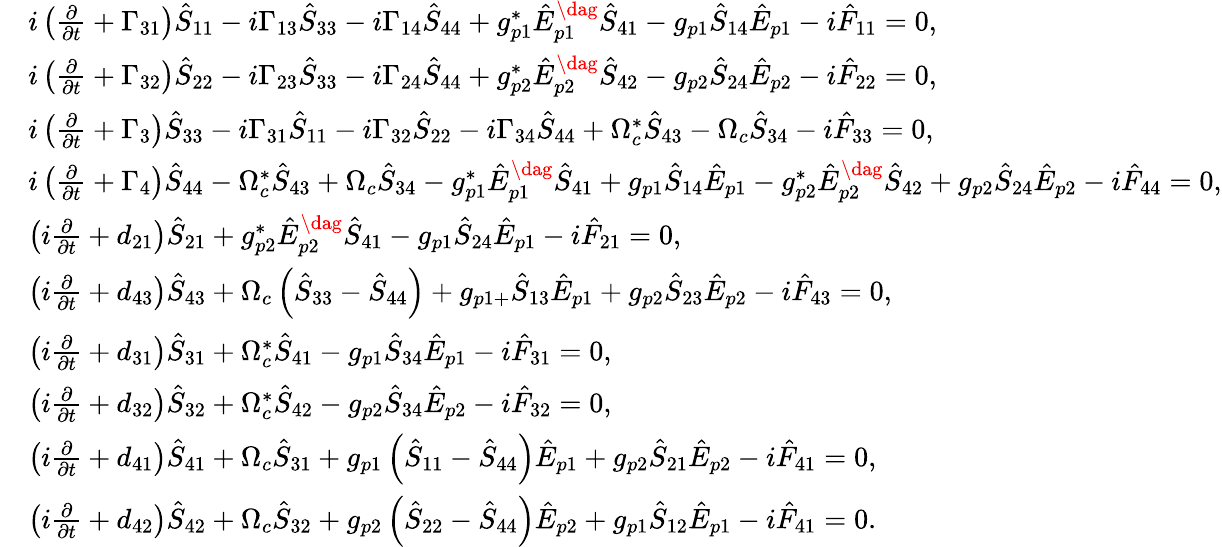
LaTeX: \begin{array}{rl}&{i\left(\frac{\partial}{\partial t}+\Gamma_{31}\right)\hat{S}_{11}-i\Gamma_{13}\hat{S}_{33}-i\Gamma_{14}\hat{S}_{44}+g_{p1}^{\ast}{\hat{E}}_{p1}^{\dag}\hat{S}_{41}-g_{p1}\hat{S}_{14}{\hat{E}}_{p1}-i{\hat{F}}_{11}=0,}\\ &{i\left(\frac{\partial}{\partial t}+\Gamma_{32}\right)\hat{S}_{22}-i\Gamma_{23}\hat{S}_{33}-i\Gamma_{24}\hat{S}_{44}+g_{p2}^{\ast}{\hat{E}}_{p2}^{\dag}\hat{S}_{42}-g_{p2}\hat{S}_{24}{\hat{E}}_{p2}-i{\hat{F}}_{22}=0,}\\ &{i\left(\frac{\partial}{\partial t}+\Gamma_{3}\right)\hat{S}_{33}-i\Gamma_{31}\hat{S}_{11}-i\Gamma_{32}\hat{S}_{22}-i\Gamma_{34}\hat{S}_{44}+\Omega_{c}^{\ast}\hat{S}_{43}-\Omega_{c}\hat{S}_{34}-i{\hat{F}}_{33}=0,}\\ &{i\left(\frac{\partial}{\partial t}+\Gamma_{4}\right)\hat{S}_{44}-\Omega_{c}^{\ast}\hat{S}_{43}+\Omega_{c}\hat{S}_{34}-g_{p1}^{\ast}{\hat{E}}_{p1}^{\dag}\hat{S}_{41}+g_{p1}\hat{S}_{14}{\hat{E}}_{p1}-g_{p2}^{\ast}{\hat{E}}_{p2}^{\dag}\hat{S}_{42}+g_{p2}\hat{S}_{24}{\hat{E}}_{p2}-i{\hat{F}}_{44}=0,}\\ &{\left(i\frac{\partial}{\partial t}+d_{21}\right)\hat{S}_{21}+g_{p2}^{\ast}{\hat{E}}_{p2}^{\dag}\hat{S}_{41}-g_{p1}\hat{S}_{24}{\hat{E}}_{p1}-i{\hat{F}}_{21}=0,}\\ &{\left(i\frac{\partial}{\partial t}+d_{43}\right)\hat{S}_{43}+\Omega_{c}\left(\hat{S}_{33}-\hat{S}_{44}\right)+g_{p1+}\hat{S}_{13}{\hat{E}}_{p1}+g_{p2}\hat{S}_{23}{\hat{E}}_{p2}-i{\hat{F}}_{43}=0,}\\ &{\left(i\frac{\partial}{\partial t}+d_{31}\right)\hat{S}_{31}+\Omega_{c}^{\ast}\hat{S}_{41}-g_{p1}\hat{S}_{34}{\hat{E}}_{p1}-i{\hat{F}}_{31}=0,}\\ &{\left(i\frac{\partial}{\partial t}+d_{32}\right)\hat{S}_{32}+\Omega_{c}^{\ast}\hat{S}_{42}-g_{p2}\hat{S}_{34}{\hat{E}}_{p2}-i{\hat{F}}_{32}=0,}\\ &{\left(i\frac{\partial}{\partial t}+d_{41}\right)\hat{S}_{41}+\Omega_{c}\hat{S}_{31}+g_{p1}\left(\hat{S}_{11}-\hat{S}_{44}\right){\hat{E}}_{p1}+g_{p2}\hat{S}_{21}{\hat{E}}_{p2}-i{\hat{F}}_{41}=0,}\\ &{\left(i\frac{\partial}{\partial t}+d_{42}\right)\hat{S}_{42}+\Omega_{c}\hat{S}_{32}+g_{p2}\left(\hat{S}_{22}-\hat{S}_{44}\right){\hat{E}}_{p2}+g_{p1}\hat{S}_{12}{\hat{E}}_{p1}-i{\hat{F}}_{41}=0.}\end{array}